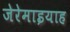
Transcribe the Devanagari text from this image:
जेरेमाइयाह